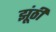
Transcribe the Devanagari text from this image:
झूंठी